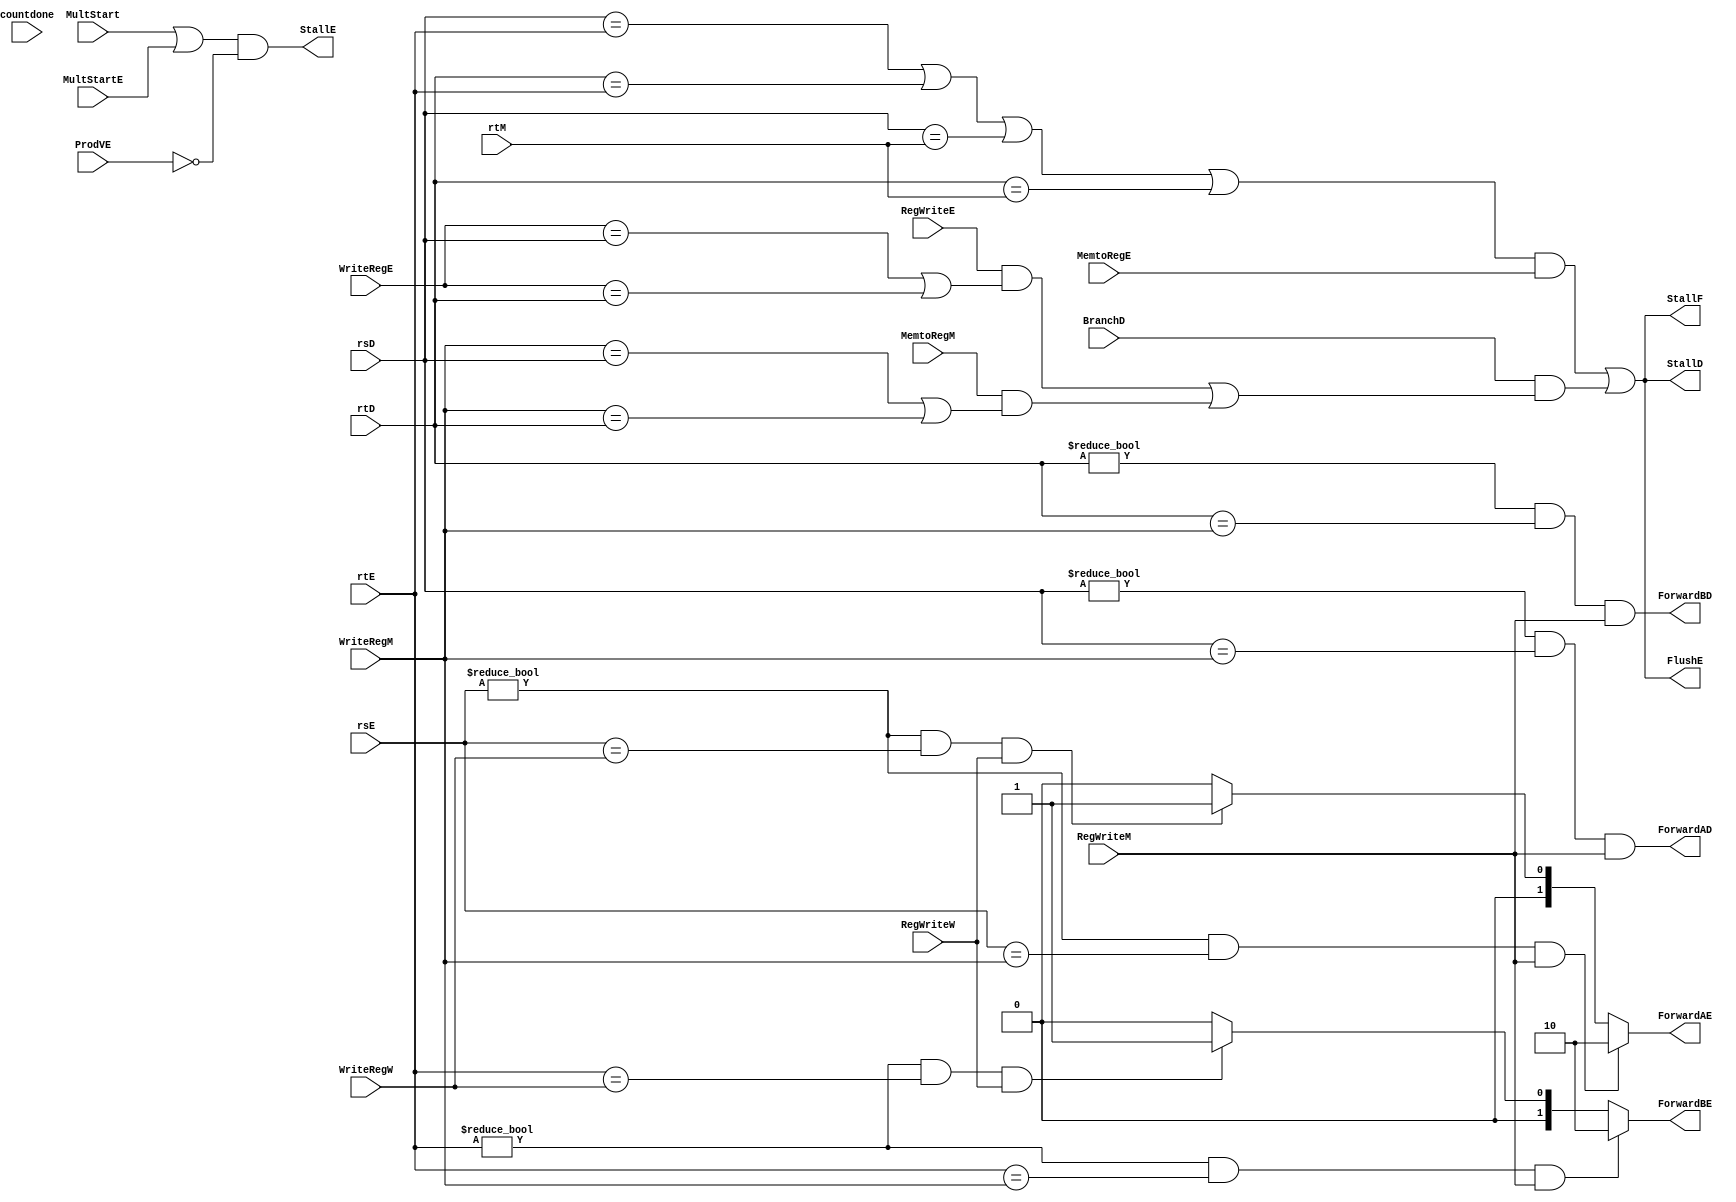

module hazard(input [4:0] rsE, input [4:0] rtE,
				input [4:0] rsD, input [4:0] rtD, input [4:0] rtM,
				input [4:0] WriteRegE, WriteRegM, WriteRegW,
				input RegWriteE, RegWriteM, RegWriteW, 
				input MemtoRegE, MemtoRegM, BranchD, 
				input MultStart, MultStartE, ProdVE,
				output reg [1:0] ForwardAE, 
				output reg [1:0] ForwardBE,
				output reg ForwardAD, ForwardBD,
				output reg StallF, StallD, FlushE, StallE,
				input countdone);

	reg lwstall, branchstall;

	always@(*) begin
		if ((rsE != 5'b0) & (rsE == WriteRegM) & RegWriteM) begin
			ForwardAE <= 2'b10;
		end
		else if((rsE != 5'b0) & (rsE == WriteRegW) & RegWriteW) begin
			ForwardAE <= 2'b01;
		end
		else begin
			ForwardAE <= 2'b00;
		end

		if ((rtE != 5'b0) & (rtE == WriteRegM) & RegWriteM) begin
			ForwardBE <= 2'b10;
		end
		else if((rtE != 5'b0) & (rtE == WriteRegW) & RegWriteW) begin
			ForwardBE <= 2'b01;
		end
		else begin
			ForwardBE <= 2'b00;
		end

		StallE <= (MultStart | MultStartE) & (ProdVE == 1'b0);

		lwstall <= ((rsD == rtE) | (rtD == rtE) | (rsD == rtM) | (rtD == rtM)) & MemtoRegE;
		branchstall <= BranchD & ((RegWriteE & ((WriteRegE == rsD) | (WriteRegE == rtD))) | (MemtoRegM & ((WriteRegM == rsD) | (WriteRegM == rtD))));

		StallF <= lwstall || branchstall;
		StallD <= lwstall || branchstall;
		FlushE <= lwstall || branchstall;	

		ForwardAD <= (rsD != 0) & (rsD == WriteRegM) & RegWriteM;
		ForwardBD <= (rtD != 0) & (rtD == WriteRegM) & RegWriteM;
	end

endmodule